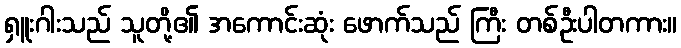
ရှူးဂါးသည် သူတို့၏ အကောင်းဆုံး ဖောက်သည် ကြီး တစ်ဦးပါတကား။